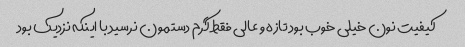
کیفیت نون خیلی خوب بود تازه و عالی فقط گرم دستمون نرسید با اینکه نزدیک بود